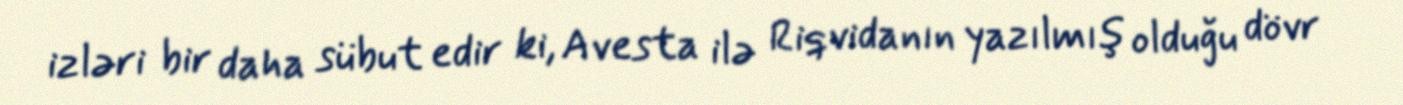
izləri bir daha sübut edir ki, Avesta ilə Riqvidanın yazılmış olduğu dövr